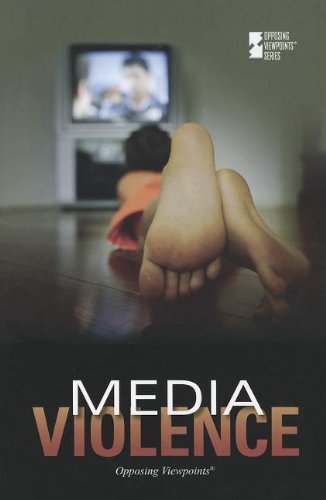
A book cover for Media Violence (Opposing Viewpoints); Noah Berlatsky; Teen & Young Adult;